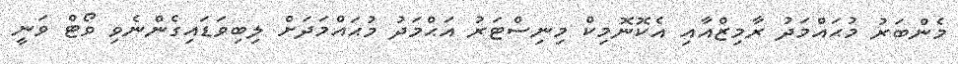
މެންބަރު މުޙައްމަދު ރާމިޒްއާއި އެކޮނޮމިކް މިނިސްޓަރު އަޙްމަދު މުޙައްމަދަށް ލިބިވަޑައިގެންނެވި ވޯޓް ވަނީ